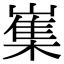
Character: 㠍